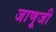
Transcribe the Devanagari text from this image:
जाणूजी